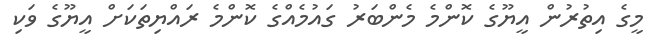
މީގެ އިތުރުން އީޔޫގެ ކޮންމެ މެންބަރު ގައުމެއްގެ ކޮންމެ ރައްޔިތަކަށް އީޔޫގެ ވަކި